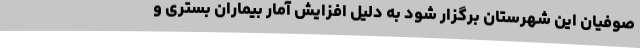
صوفیان این شهرستان برگزار شود به دلیل افزایش آمار بیماران بستری و